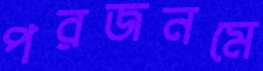
পরজনমে